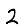
Digit: 2